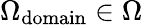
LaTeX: \Omega_{\mathrm{domain}}\in\Omega